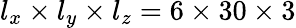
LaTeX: l_{x}\times l_{y}\times l_{z}=6\times 30\times 3